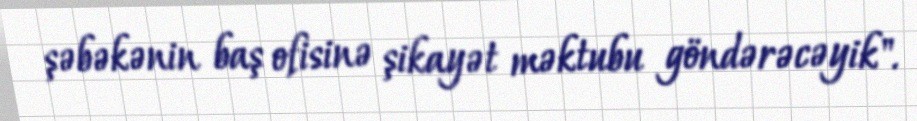
şəbəkənin baş ofisinə şikayət məktubu göndərəcəyik".